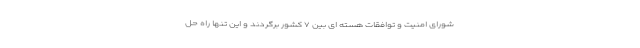
شورای امنیت و توافقات هسته ای بین ۷ کشور برگردند و این تنها راه حل